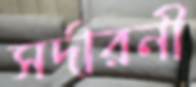
সর্দারনী